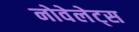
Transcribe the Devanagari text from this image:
नोवेलेट्स